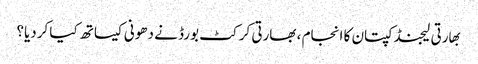
بهارتی لیجنڈ کپتان کا انجام ، بھارتی کرکٹ بورڈ نے دھونی کیساتھ کیا کردیا؟